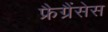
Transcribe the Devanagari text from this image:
फ्रैग्रैंसेस